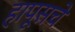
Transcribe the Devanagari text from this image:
हापूसचे